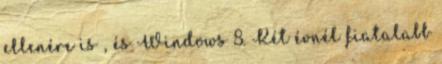
ellenére is , és Windows 8. Két évnél fiatalabb